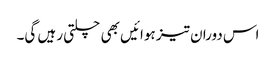
اس دوران تیز ہوائیں بھی چلتی رہیں گی۔